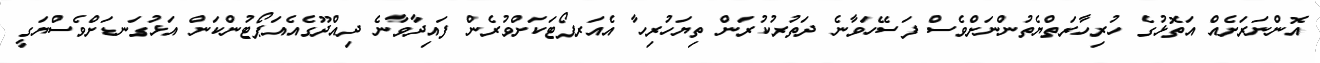
އޮންނަރަށެއް އަތޮޅުގެ ހުރިހާރަތްޔެތުންނަށްވެސް ފަސޭހަވާނެ ދަތުރުކުރަން ތިޔަހުރިހާ އެއަރޕޯޓަަކަށްވުރެން ފައިދާވާނެ ދިއްދޫގެއެއަޕޯޓުންކަން އަޅުގަނޑަށްވެސްޔަގީ